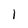
Character: l